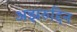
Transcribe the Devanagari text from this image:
अझरुद्दिन